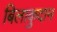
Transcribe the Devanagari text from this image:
बिलाकुदान